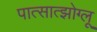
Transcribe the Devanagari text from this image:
पात्सात्झोग्लू